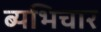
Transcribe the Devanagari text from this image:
ब्यभिचार